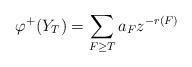
LaTeX: \begin{align*}\varphi^+(Y_T)=\sum_{F\ge T}a_F z^{-r(F)}\end{align*}